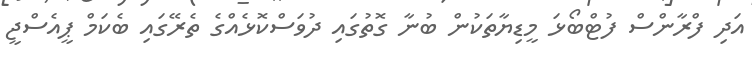
އަދި ފްރާންސް ފުޓްބޯޅަ މީޑިޔާތަކުން ބުނާ ގޮތުގައި ދުވަސްކޮޅެއްގެ ތެރޭގައި ބެކަމް ޕީއެސްޖީ